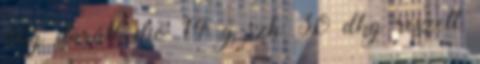
dkg darált dió 14 g szh 30 dkg reszelt